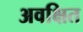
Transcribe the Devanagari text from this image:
अवक्षित